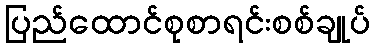
ပြည်ထောင်စုစာရင်းစစ်ချုပ်